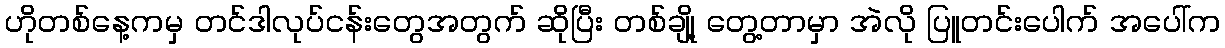
ဟိုတစ်နေ့ကမှ တင်ဒါလုပ်ငန်းတွေအတွက် ဆိုပြီး တစ်ချို့ တွေ့တာမှာ အဲလို ပြူတင်းပေါက် အပေါ်က